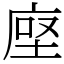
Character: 𫝷